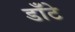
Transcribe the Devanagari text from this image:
डाँटे